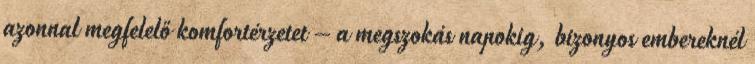
azonnal megfelelő komfortérzetet – a megszokás napokig, bizonyos embereknél